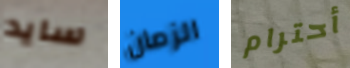
سايد الزمان أحترام